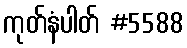
ကုတ်နံပါတ် #5588